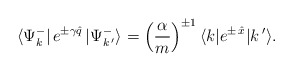
\begin{align*}\langle \Psi_k^-|\, e^{\pm\gamma\hat q}\,|\Psi_{k\,'}^-\rangle=\left(\frac{\alpha}{m}\right)^{\pm 1}\langle k| e^{\pm\,\hat x}|k\,'\rangle.\end{align*}